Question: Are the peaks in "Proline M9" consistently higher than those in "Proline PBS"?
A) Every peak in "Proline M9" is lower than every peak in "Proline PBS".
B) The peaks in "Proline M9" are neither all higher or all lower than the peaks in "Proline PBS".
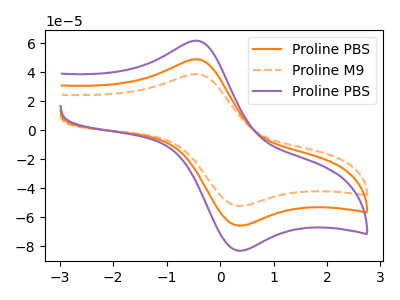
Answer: <think>The orange curve "Proline PBS" has an anodic peak at (-0.45V, 48.80uA) and a cathodic peak at (0.35V, -65.70uA). The orange dashed curve "Proline M9" has an anodic peak at (-0.45V, 38.65uA) and a cathodic peak at (0.35V, -52.05uA). The purple curve "Proline PBS" has an anodic peak at (-0.45V, 97.65uA) and a cathodic peak at (0.35V, -131.40uA).</think>
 <answer>A) Every peak in "Proline M9" is lower than every peak in "Proline PBS".</answer>
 <eval>A</eval>